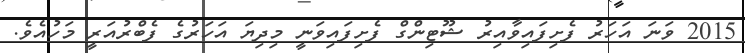
2015 ވަނަ އަހަރު ފެށިފައިވާއިރު ޝޫޓިންގް ފެށިފައިވަނީ މިދިޔަ އަހަރުގެ ފެބްރުއަރީ މަހުއެވެ.